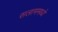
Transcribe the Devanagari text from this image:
सलाममध्ये